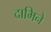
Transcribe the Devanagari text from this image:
दामिने